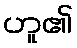
ဟူ၏